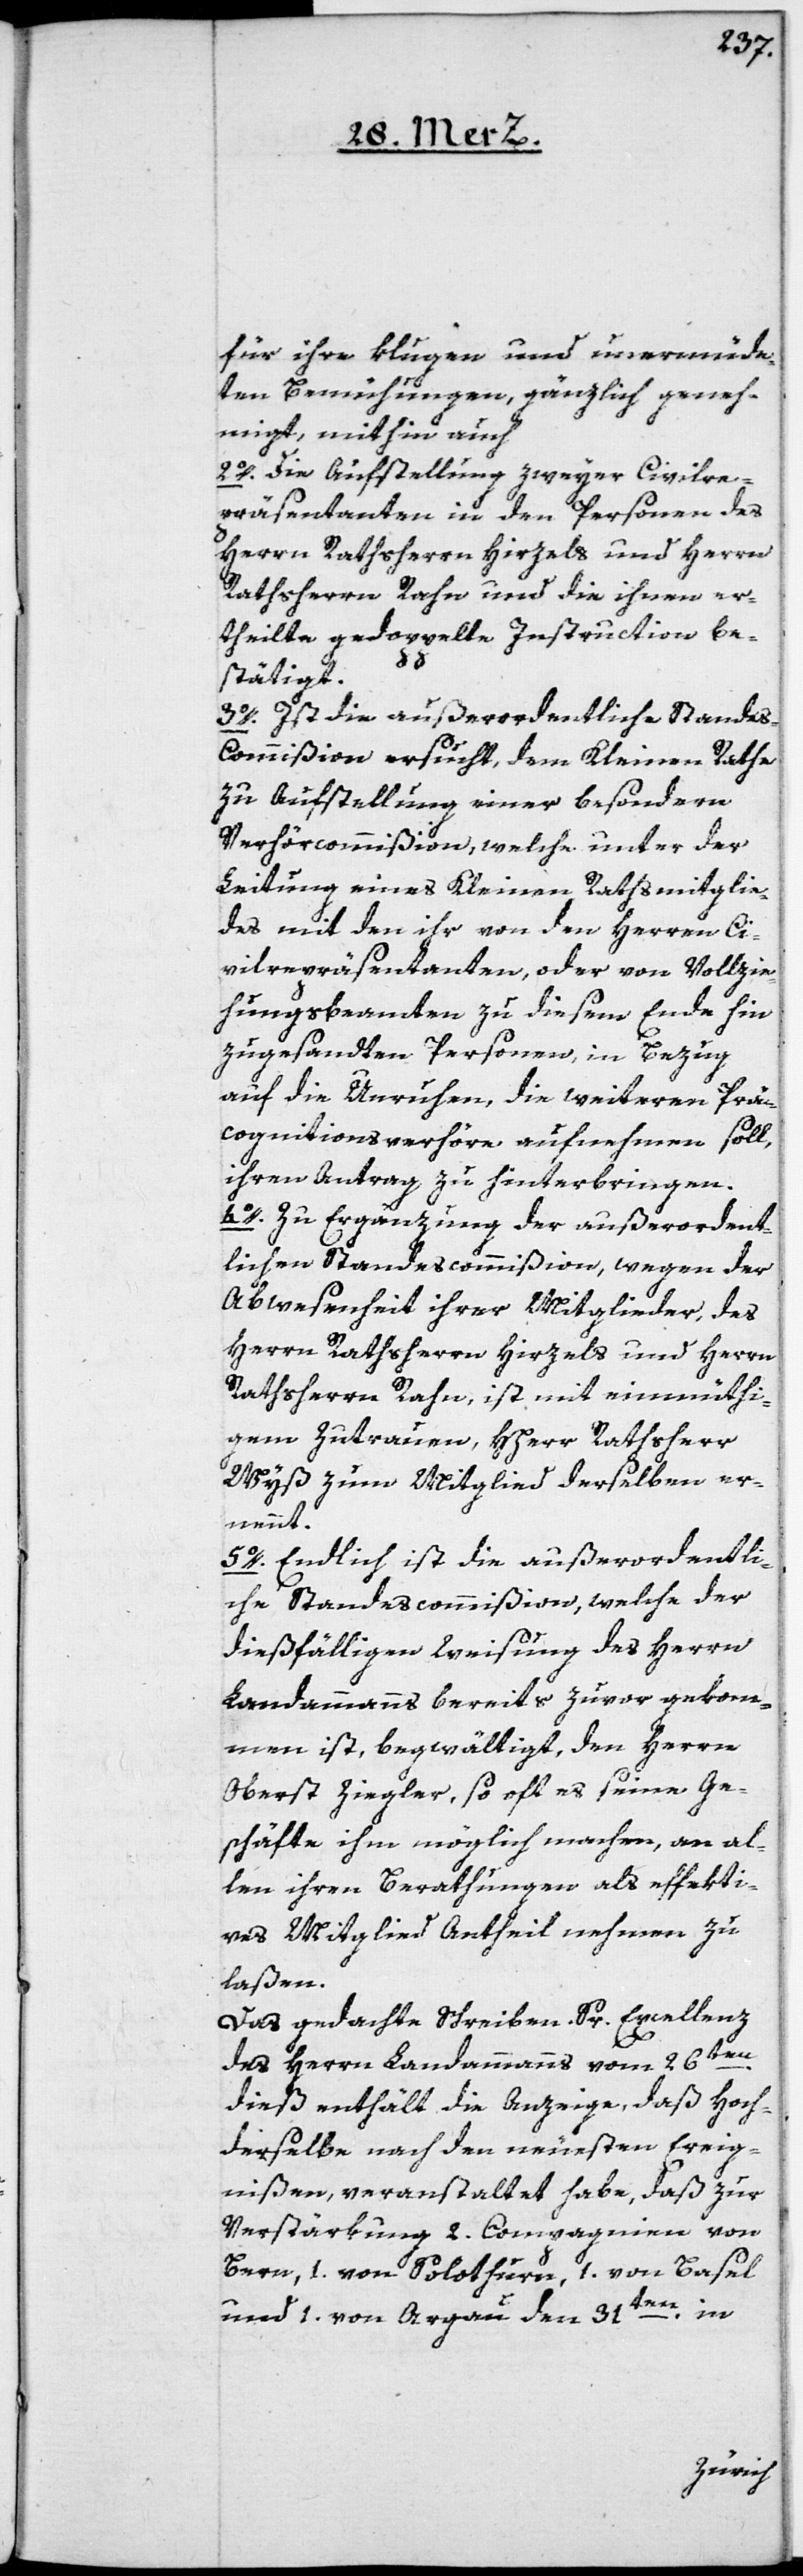
für ihre klugen und unermüde¬
ten Bemühungen gänzlich geneh¬
migt, mithin auch
2o. Die Aufstellung zweyer Civilre¬
präsentanten in den Personen des
Herrn Rathsherrn Hirzels und Herrn
Rathsherrn Rahn und die ihnen er¬
theilte gedoppelte Instruction be¬
stätigt.
3o. Ist die außerordentliche Stande¬
s-Commißion ersucht, dem kleinen Rathe
zu Aufstellung einer besondern
Verkörcommißion, welche unter der
Leitung eines Kleinen Rathsmitglie¬
des mit den ihr von den Herren Ci¬
vilrepräsentanten, oder von Vollzie¬
hungsbeamten zu diesem Ende hin
zugesandten Personen, in Bezug
auf die Unruhen, die weiteren Prä¬
cognitionsverhöre aufnehmen soll,
ihren Antrag zu hinterbringen.
4o. Zu Ergänzung der außerordent¬
lichen Standescommißion, wegen der
Abwesenheit ihrer Mitglieder, des
Herrn Rathsherrn Hirzels und Herrn
Rathsherrn Rahn, ist mit einmüthi¬
gem Zutrauen, HHerrn Rathsherr
Wyß zum Mitglied derselben er¬
nennt.
5o. Endlich ist die außerordentli¬
che Standescommißion, welche der
dießfälligen Weisung des Herrn
Landammanns bereits zuvor gekom¬
men ist, begwältigt, den Herrn
Oberst Ziegler, so oft es seine Ge¬
schäfte ihm möglich machen, an al¬
len ihren Berathungen als effekti¬
ves Mitglied Antheil nehmen zu
laßen.
Das gedachte Schreiben Sr. Excellenz
des Herrn Landammanns vom 26ten
dieß enthält die Anzeige, daß Hoch¬
derselbe nach den neuesten Ereig¬
nißen, veranstaltet habe, daß zur
Verstärkung 2. Compagnien von
Bern, eine von Solothurn, 1. von Basel
und 1. von Argau den 31ten, in